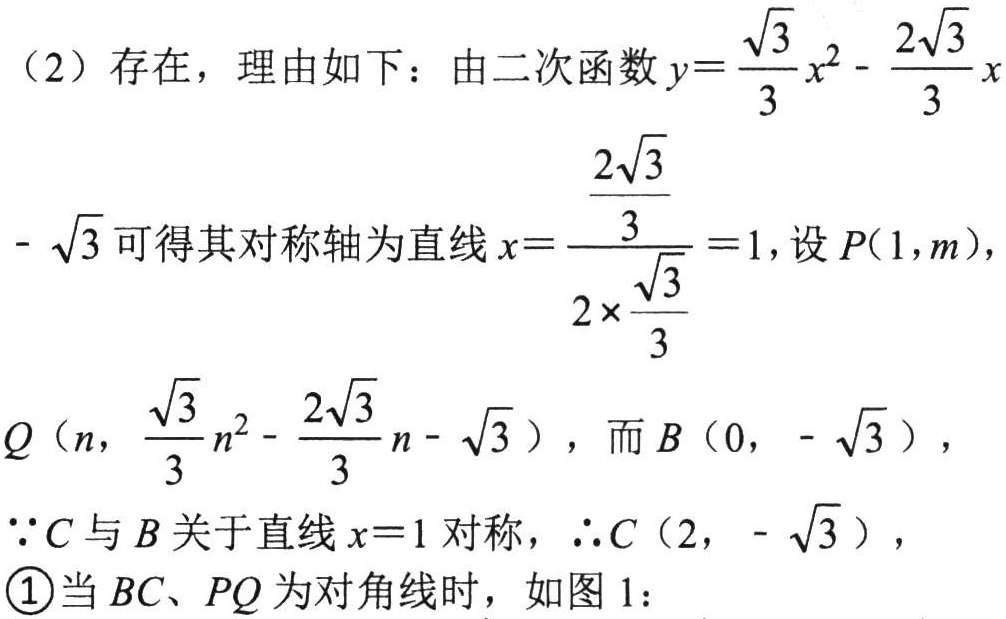
(2) 存在，理由如下：由二次函数$y = \frac{\sqrt{3}}{3}x^{2}-\frac{2\sqrt{3}}{3}x - \sqrt{3}$可得其对称轴为直线$x = \frac{\frac{2\sqrt{3}}{3}}{2\times\frac{\sqrt{3}}{3}} = 1$，设$P(1,m)$，
$Q\left(n,\frac{\sqrt{3}}{3}n^{2}-\frac{2\sqrt{3}}{3}n - \sqrt{3}\right)$，而$B(0,-\sqrt{3})$，
$\because C$与$B$关于直线$x = 1$对称，$\therefore C(2,-\sqrt{3})$，
\textcircled{1}当$BC、PQ$为对角线时，如图 1：